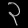
Digit: ၃